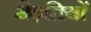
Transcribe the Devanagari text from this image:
मेड़तियों